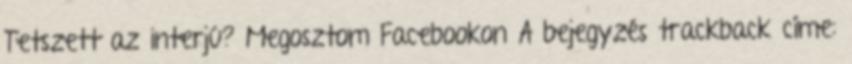
Tetszett az interjú? Megosztom Facebookon A bejegyzés trackback címe: